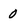
Character: 0